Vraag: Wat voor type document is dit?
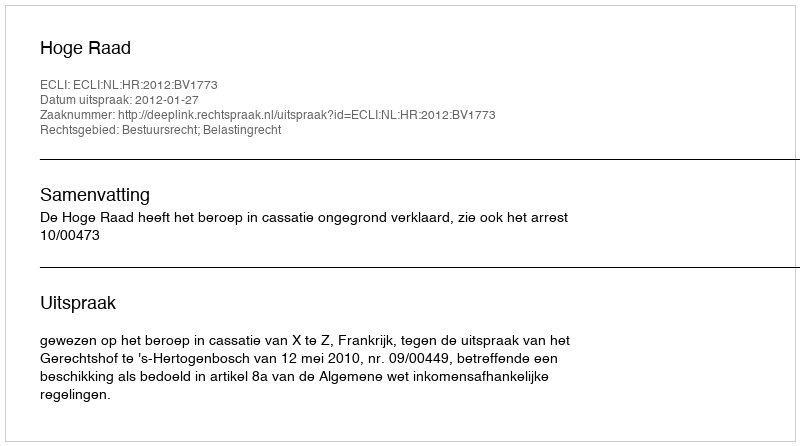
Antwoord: Uitspraak